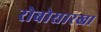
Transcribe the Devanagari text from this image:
रोबोसारखा